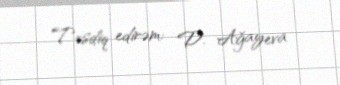
Təsdiq edirəm: D. Ağayeva